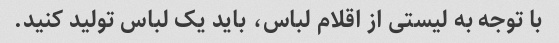
با توجه به لیستی از اقلام لباس، باید یک لباس تولید کنید.